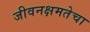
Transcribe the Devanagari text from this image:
जीवनक्षमतेचा